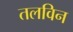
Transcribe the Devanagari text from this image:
तलविन